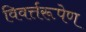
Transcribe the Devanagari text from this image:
विवर्त्तरूपेण